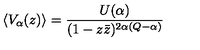
\left\langle V _ { \alpha } ( z ) \right\rangle = \frac { U ( \alpha ) } { ( 1 - z \bar { z } ) ^ { 2 \alpha ( Q - \alpha ) } }